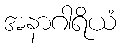
အနာဂါရိယံ